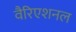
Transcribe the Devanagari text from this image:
वैरिएशनल